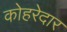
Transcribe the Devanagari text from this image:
कोहरेदार